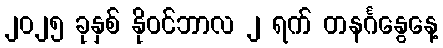
၂၀၂၅ ခုနှစ် နိုဝင်ဘာလ ၂ ရက် တနင်္ဂနွေနေ့